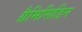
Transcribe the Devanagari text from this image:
ग्रैमिसिडिन